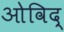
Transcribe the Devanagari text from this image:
ओविद्